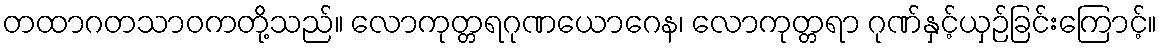
တထာဂတသာဝကတို့သည်။ လောကုတ္တရဂုဏယောဂေန၊ လောကုတ္တရာ ဂုဏ်နှင့်ယှဉ်ခြင်းကြောင့်။